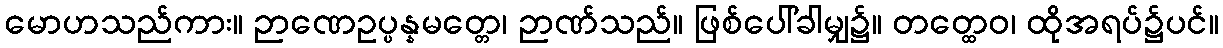
မောဟသည်ကား။ ဉာဏေဥပ္ပန္နမတ္တေ၊ ဉာဏ်သည်။ ဖြစ်ပေါ်ခါမျှ၌။ တတ္ထေဝ၊ ထိုအရပ်၌ပင်။